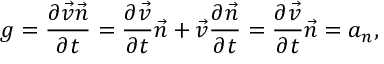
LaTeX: g = \frac { \partial \vec { v } \vec { n } } { \partial t } = \frac { \partial \vec { v } } { \partial t } \vec { n } + \vec { v } \frac { \partial \vec { n } } { \partial t } = \frac { \partial \vec { v } } { \partial t } \vec { n } = a _ { n } ,